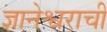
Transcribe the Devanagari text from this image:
ज्ञानेश्वराची